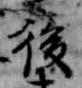
後